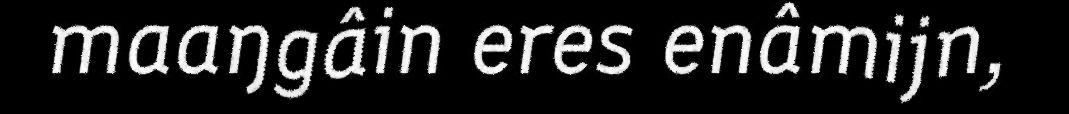
maaŋgâin eres enâmijn,